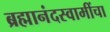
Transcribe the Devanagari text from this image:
ब्रह्मानंदस्वामींचा